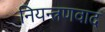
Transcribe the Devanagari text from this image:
नियन्त्रणवाद